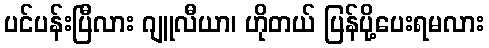
ပင်ပန်းပြီလား ဂျူလီယာ၊ ဟိုတယ် ပြန်ပို့ပေးရမလား